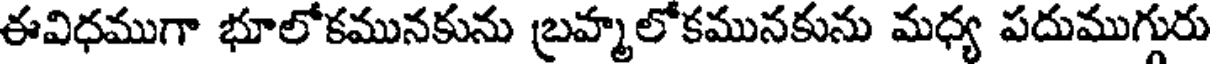
ఈవిధముగా భూలోకమునకును బ్రహ్మలోకమునకును మధ్య పదుముగ్గురు